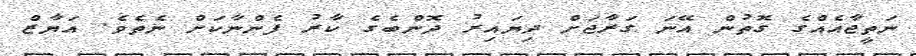
ނަތީޖާއެއްގެ ގޮތުން އޭނަ ގަރާޖަށް ދިޔައިރު ދޮންބެގެ ކާރު ފެންނާކަށް ނެތެވެ. އަޔާޒް